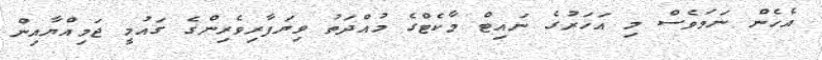
އެހެން ނަމަވެސް މި އަހަރުގެ ނައިޓް މާކެޓްގެ މުއްދަތު ވިޔަފާރިވެރިންގެ ގައުމީ ޖަމިއްޔާއިން